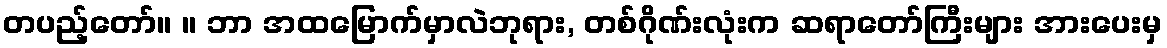
တပည့်တော်။ ။ ဘာ အထမြောက်မှာလဲဘုရား, တစ်ဂိုဏ်းလုံးက ဆရာတော်ကြီးများ အားပေးမှ